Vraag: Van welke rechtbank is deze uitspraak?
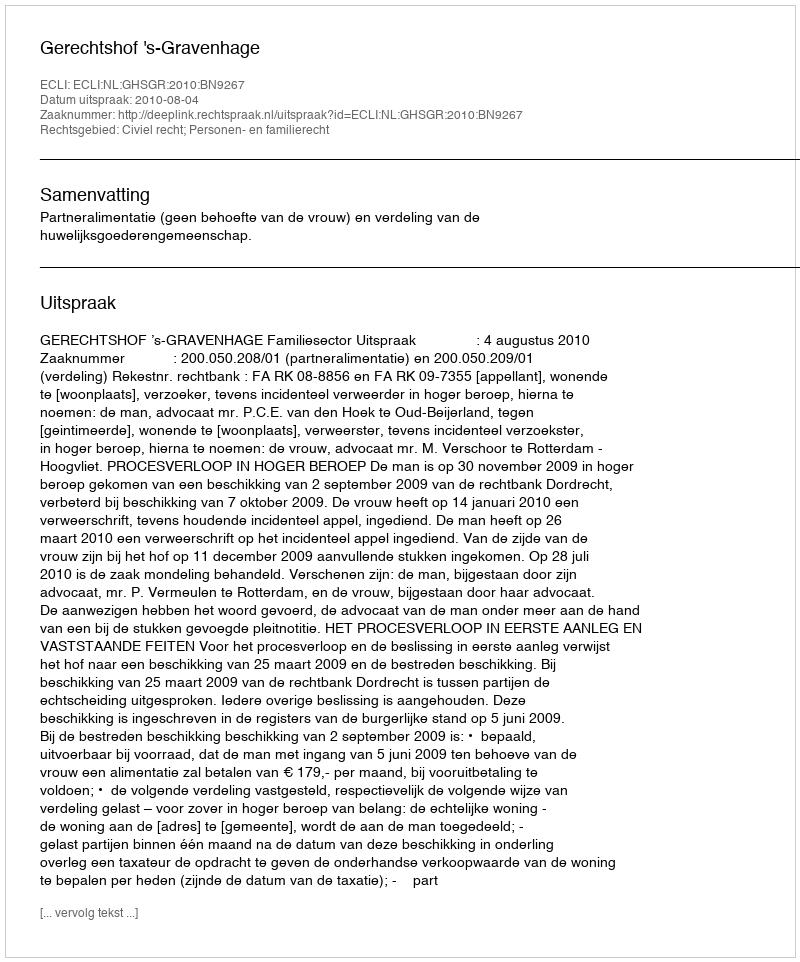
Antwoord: Gerechtshof 's-Gravenhage